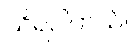
သိရပါတယ်။